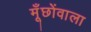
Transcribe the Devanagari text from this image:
मूँछोंवाला